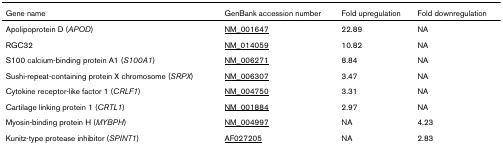
<table><thead><tr><td><b>Gene name</b></td><td><b>GenBank accession number</b></td><td><b>Fold upregulation</b></td><td><b>Fold downregulation</b></td></tr></thead><tbody><tr><td>Apolipoprotein D (<i>APOD</i>)</td><td>NM_001647</td><td>22.89</td><td>NA</td></tr><tr><td>RGC32</td><td>NM_014059</td><td>10.82</td><td>NA</td></tr><tr><td>S100 calcium-binding protein A1 (<i>S100A1</i>)</td><td>NM_006271</td><td>8.84</td><td>NA</td></tr><tr><td>Sushi-repeat-containing protein X chromosome (<i>SRPX</i>)</td><td>NM_006307</td><td>3.47</td><td>NA</td></tr><tr><td>Cytokine receptor-like factor 1 (<i>CRLF1</i>)</td><td>NM_004750</td><td>3.31</td><td>NA</td></tr><tr><td>Cartilage linking protein 1 (<i>CRTL1</i>)</td><td>NM_001884</td><td>2.97</td><td>NA</td></tr><tr><td>Myosin-binding protein H (<i>MYBPH</i>)</td><td>NM_004997</td><td>NA</td><td>4.23</td></tr><tr><td>Kunitz-type protease inhibitor (<i>SPINT1</i>)</td><td>AF027205</td><td>NA</td><td>2.83</td></tr></tbody></table>